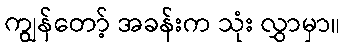
ကျွန်တော့် အခန်းက သုံး လွှာမှာ။